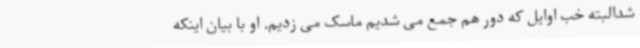
شدالبته خب اوایل که دور هم جمع می شدیم ماسک می زدیم. او با بیان اینکه